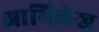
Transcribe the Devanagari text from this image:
आभिलेख